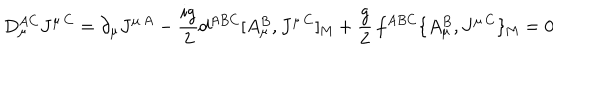
D _ { \mu } ^ { A C } J ^ { \mu \, C } = \partial _ { \mu } J ^ { \mu \, A } - { \frac { i g } { 2 } } d ^ { A B C } [ A _ { \mu } ^ { B } , J ^ { \mu \, C } ] _ { \mathrm { M } } + { \frac { g } { 2 } } \, f ^ { A B C } \{ A _ { \mu } ^ { B } , J ^ { \mu \, C } \} _ { \mathrm { M } } = 0